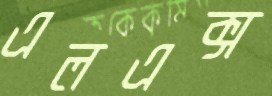
এলএক্স